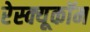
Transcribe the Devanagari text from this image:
रेस्क्यूकॉम